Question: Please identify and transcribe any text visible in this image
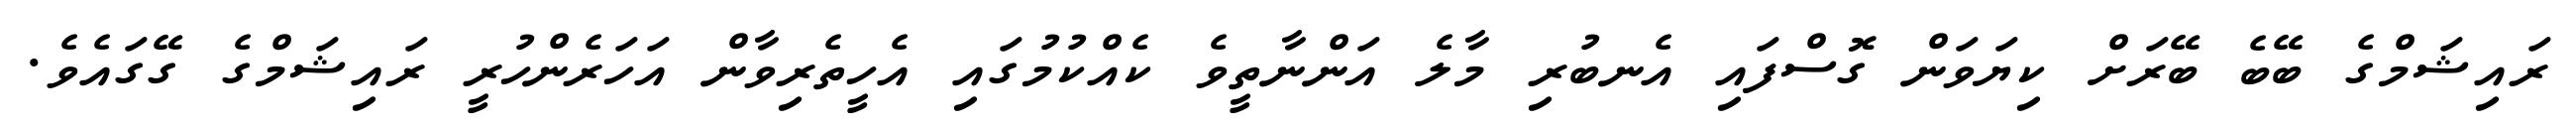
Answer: ރައިޝަމްގެ ބޭބެ ބޭރަށް ކިޔަވަން ގޮސްފައި އެނބުރި މާލެ އަންނާތީވެ ކެއްކުމުގައި އެހީތެރިވާން އަހަރެންހުރީ ރައިޝަމްގެ ގޭގައެވެ.